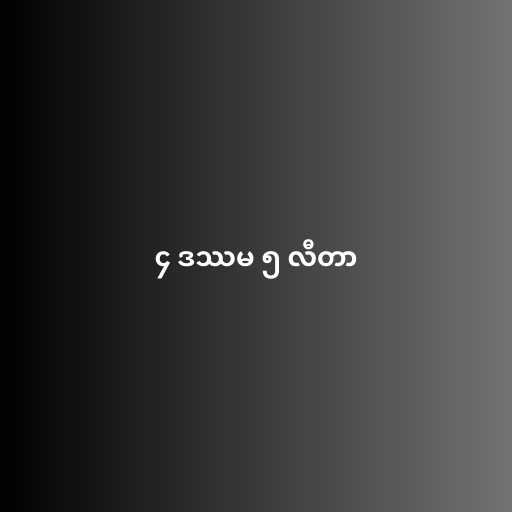
၄ ဒဿမ ၅ လီတာ